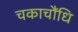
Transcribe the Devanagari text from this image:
चकाचौंधि